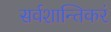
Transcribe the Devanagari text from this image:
सर्वशान्तिकरं